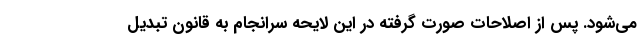
می‌شود. پس از اصلاحات صورت گرفته در این لایحه سرانجام به قانون تبدیل